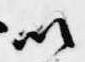
以